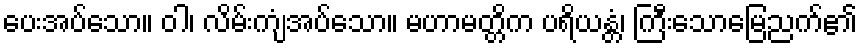
ပေးအပ်သော။ ဝါ၊ လိမ်းကျံအပ်သော။ မဟာမတ္တိက ပရိယန္တံ၊ ကြီးသောမြေညက်၏